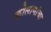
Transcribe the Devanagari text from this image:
कोलामांचा